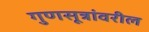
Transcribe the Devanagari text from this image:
गुणसूत्रांवरील